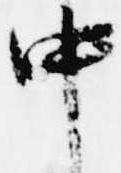
中